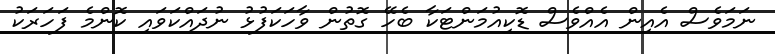
ނަމަވެސް އެއިން އެއްވެސް ޑޮކިއުމަންޓަކާ ބެހޭ ގޮތުން ވާހަކަފުޅު ނުދައްކަވައި ކޮންމެ ފަހަރަކު